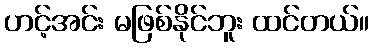
ဟင့်အင်း မဖြစ်နိုင်ဘူး ထင်တယ်။